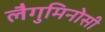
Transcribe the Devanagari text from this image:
लैगुमिनोसी